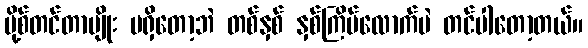
ပို့စ်တင်တာမျိုး မရှိတော့ဘဲ တစ်နှစ် နှစ်ကြိမ်လောက်ပဲ တင်ပါတော့တယ်။